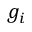
g _ { i }